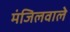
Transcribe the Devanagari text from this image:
मंजिलवाले